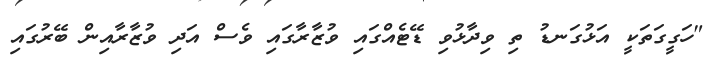
"ހަގީގަތަކީ އަޅުގަނޑު ތި ވިދާޅުވި ޑޭޓެއްގައި ވުޒާރާގައި ވެސް އަދި ވުޒާރާއިން ބޭރުގައި